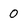
Character: 0